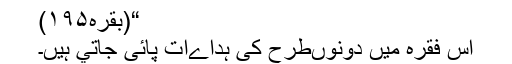
“(بقرہ۱۹۵)
اس فقرہ ميں دونوںطرح کى ہداےات پائى جاتي ہيں۔